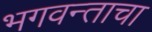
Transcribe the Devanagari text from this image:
भगवन्ताचा